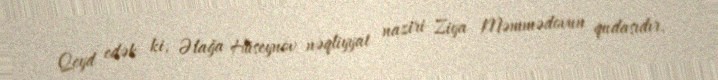
Qeyd edək ki, Əlağa Hüseynov nəqliyyat naziri Ziya Məmmədovun qudasıdır.